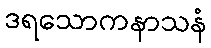
ဒရသောကနာသနံ